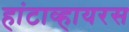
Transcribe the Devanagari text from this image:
हांटाव्हायरस